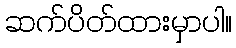
ဆက်ပိတ်ထားမှာပါ။